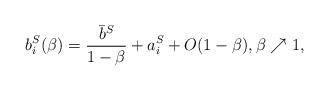
LaTeX: \begin{align*}b_i^S(\beta) = \frac{\bar{b}^S}{1 - \beta} + a_i^S + O(1-\beta), \beta \nearrow 1,\end{align*}